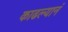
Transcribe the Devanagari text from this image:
काढल्यानं